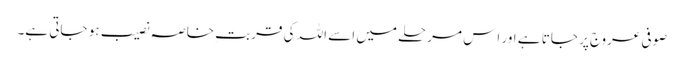
صوفی عروج پر جاتا ہے اور اِس مرحلے میں اسے اللہ کی قربتِ خاصہ نصیب ہو جاتی ہے۔